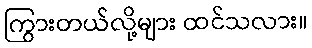
ကြွားတယ်လို့များ ထင်သလား။